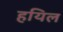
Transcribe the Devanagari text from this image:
हयिल